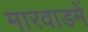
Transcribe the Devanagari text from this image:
मारवाडमें